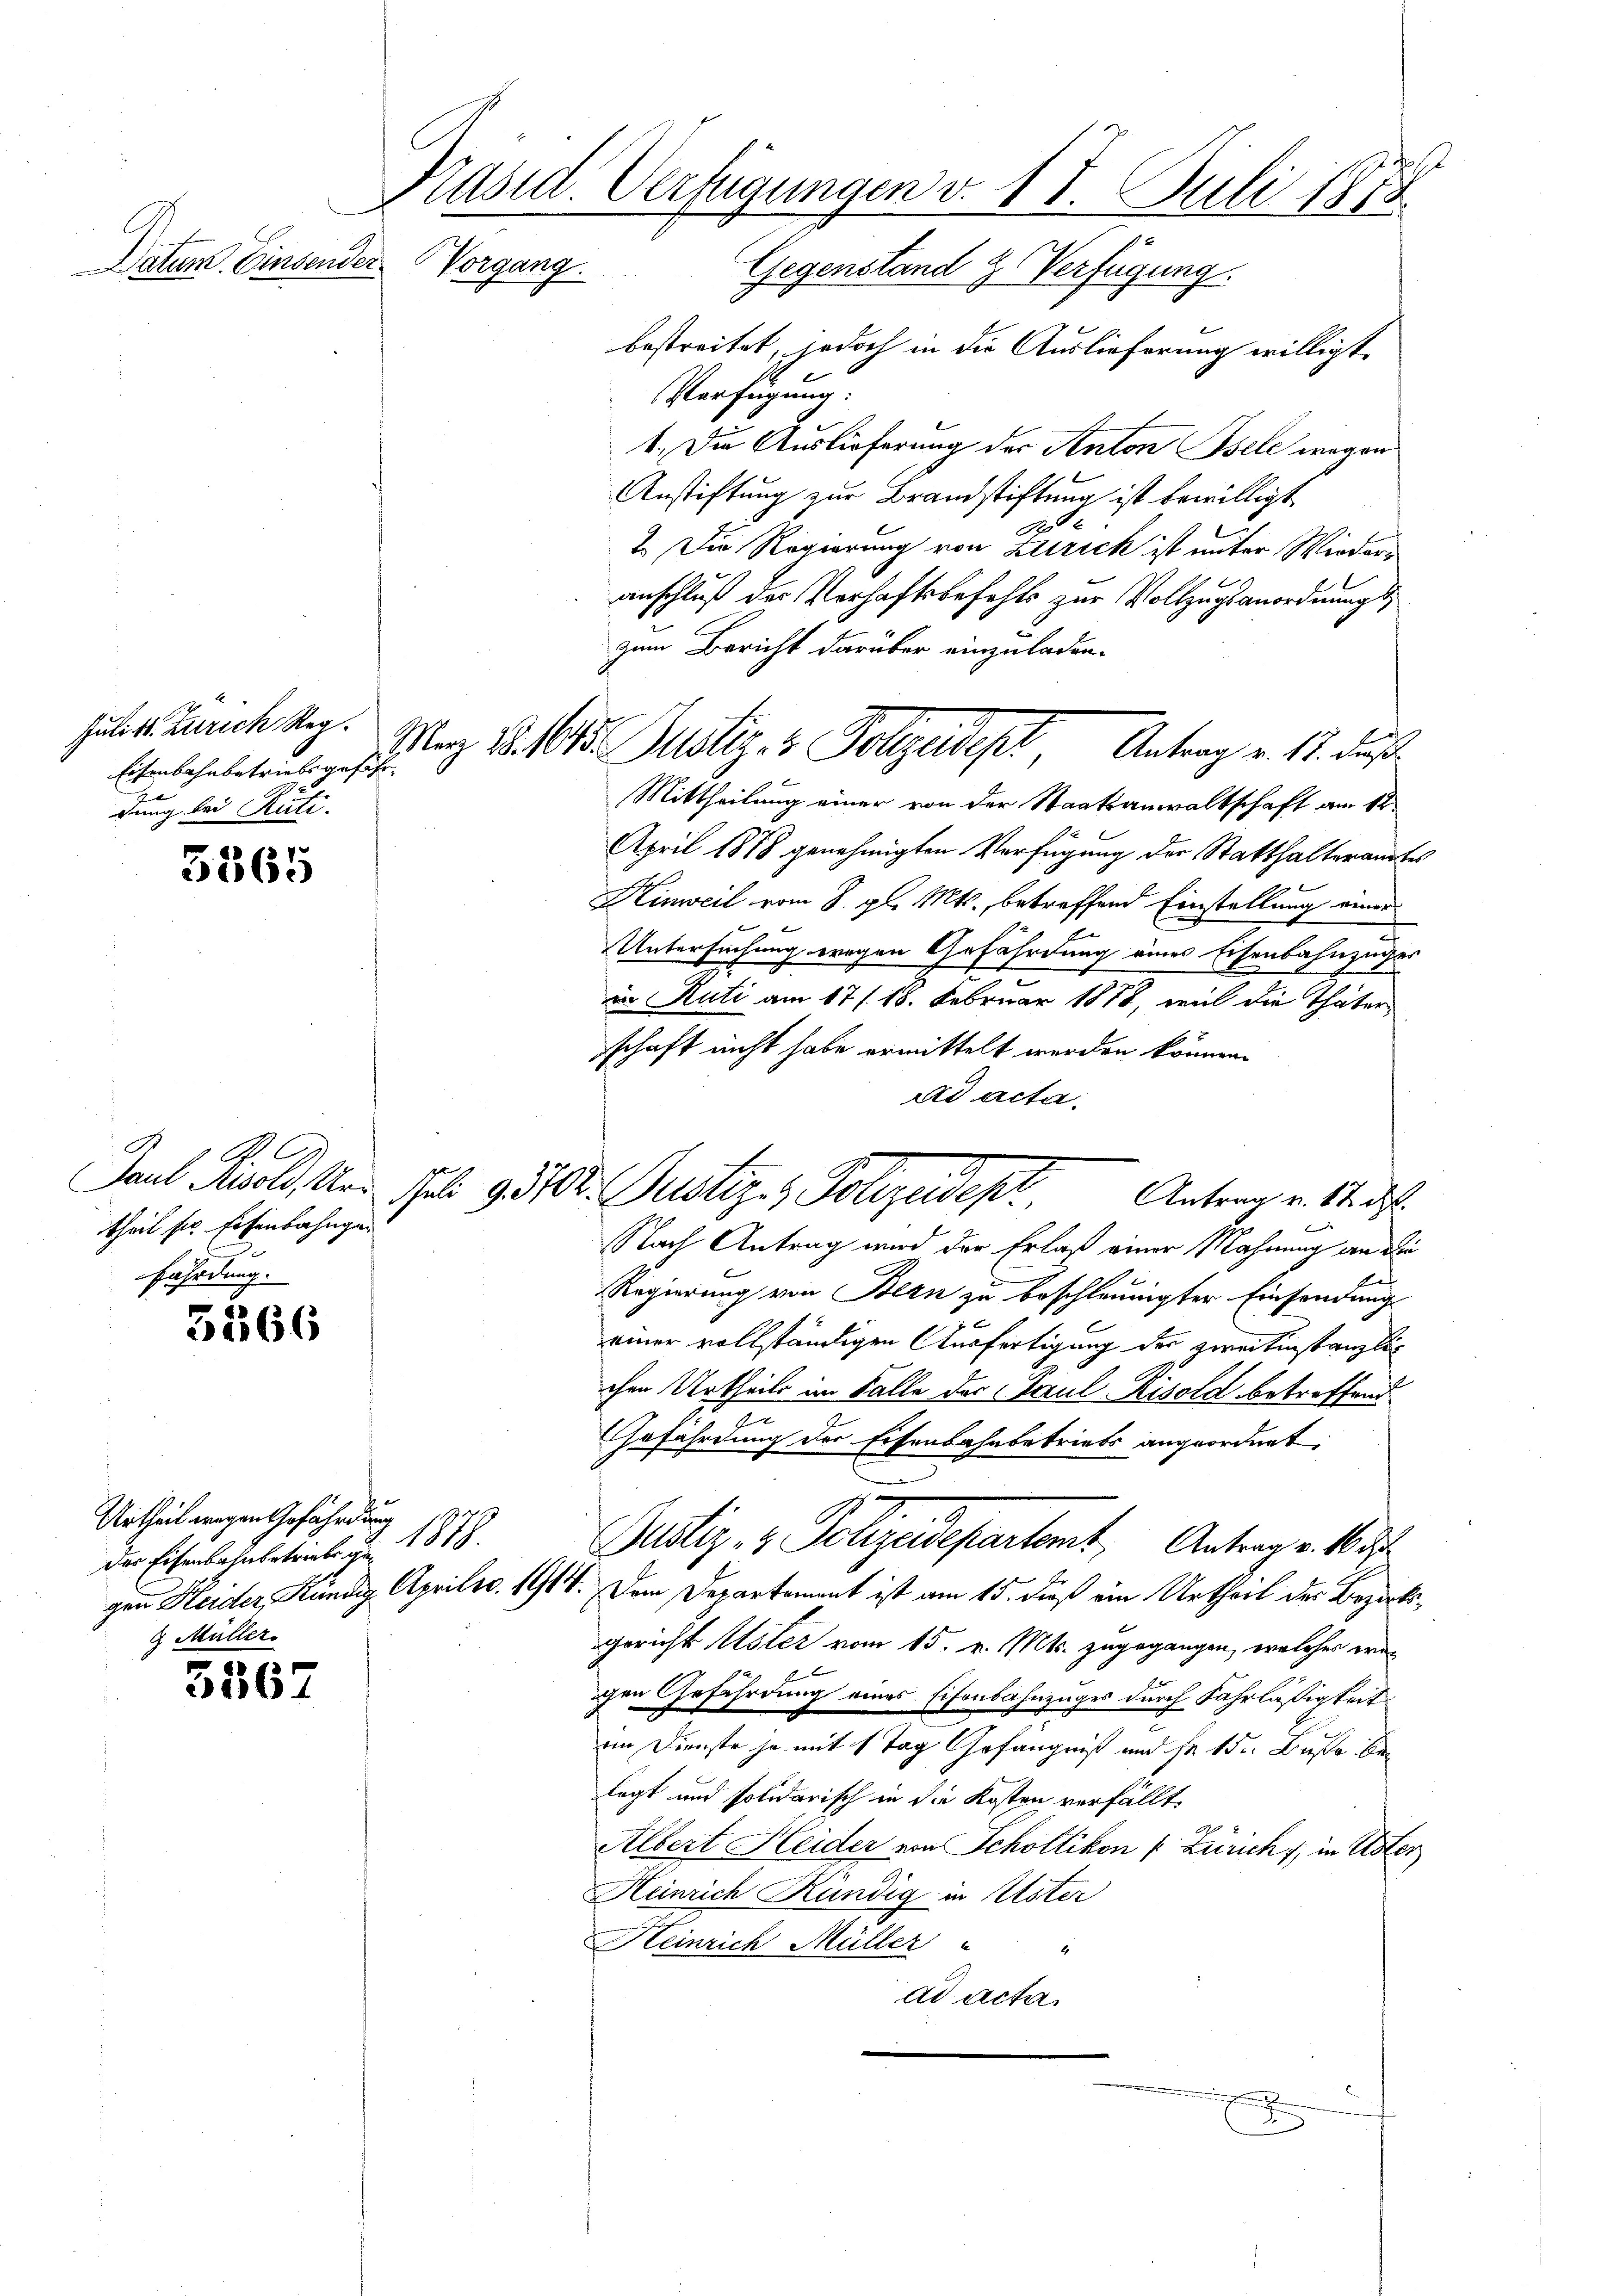
Datum. Einsender.

5365

B.
theil ser Eisenbahngefährdung.

5566

3567

2
Präsid. Verfügungen v. 18. Juli 1818
Vorgang. Gegenstand z. Verfügung.

bestreitet, jedoch in die Auslieferung willigt.
Verfügung.
1.) Die Auslieferung der Anton Bele wegen
Anstiftung zur Brandstiftung ist bewilligt
2. Die Regierung von Zürich ist unter Wieder-
anschluß der Verhaftsbefehls zur Vollzugsanordnungszum Bericht darüber einzuladen.
Mittheilung einer von der Staatsanwaltschaft am 12
April 1878 genehmigten Verfügung der Statthalteram¬
Hinweil vom 8. gl. Mts., betreffend Einstellung einer
Untersuchung wegen Gefährdung eines Eisenbahnzugs
d Rüti am 17. 18. Februar 1878, weil die Thäter
schaft nicht habe ermittelt werden können.
ad acta.
Paul Mold, Uri sub 9510. Justiz- & Polizeidept, Antrag v. Mt. d.
Nach Antrag wird der Erlaß einer Mahnung an d
Regierung von Bern zu beschleunigter Einsendung
einer vollständigen Ausfertigung der zweitinstanzlich
chen Urtheils im Falle der Paul Risold betreffend
Ju
Gefährdung der Eisenbahnbetriebs angeordnet:
Pustiz- & Polizeidepartamt Antrag v. 1
gen Heider Kündig Aprilso. 1914. Dem Departement ist am 15. dieß ein Urtheil der Bezirgericht Uster vom 15. v. Mts. zugegangen, welches wegen Gefährdung eines Eisenbahnzuges durch Fahrlässigkeit
im Dienste ja mit 1 Tag Gefängniß und sr 15. Buße bei
legt und solidarisch in die Kosten verfällt.
Albert Heider von Schottikon (: Zürich, in Use
Heinrich Rundig in Uster
Heinrich Müller
ad acta

Juli 18. Zürich Reg.
Eisenbahnbetriebsgeführ
dung bei Rüti.

Urtheil wegen Gefährdung 12.
11
der Eisenbahnbetriebes ge¬
 Müller.

Mag No. 615. Justiz- & Polizeideph Antrag v. 18. dies

x